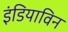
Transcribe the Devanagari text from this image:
इंडियाविन